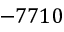
- 7 7 1 0